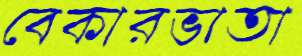
বেকারভাতা